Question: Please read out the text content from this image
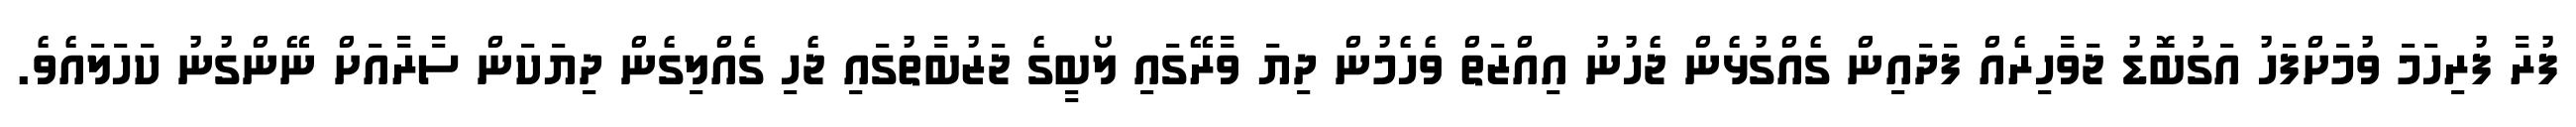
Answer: ފުރާ ފުރިހަމަ ވުމަށްފަހު އަގުބޮޑު ޖަވާހިރެއް ފަދައިން ގެއްގުޅެން ޖެހުނު އިއްޒަތް ވެހެމުން ދިޔަ ވާރޭގައި ލޯބީގެ ޖަޒުބާތުގައި ޖެހި ގެއްލިގެން ދިޔަކަން ސާރާއަށް ނޭންގުނު ކަހަލައެވެ.